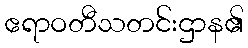
ဧရာဝတီသတင်းဌာန၏